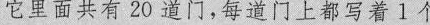
它里面共有20道门，每道门上都写着1个